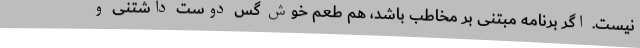
نیست. اگر برنامه مبتنی بر مخاطب باشد، هم طعم خوش گس دوست داشتنی و